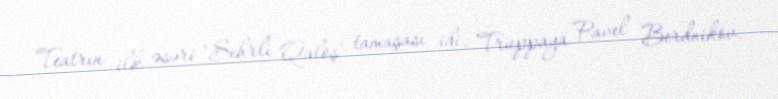
Teatrın ilk əsəri "Sehrli Qaloş" tamaşası idi. Truppaya Pavel Berdnikov,